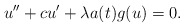
\begin{align*}u'' + c u' + \lambda a(t) g(u) = 0.\end{align*}